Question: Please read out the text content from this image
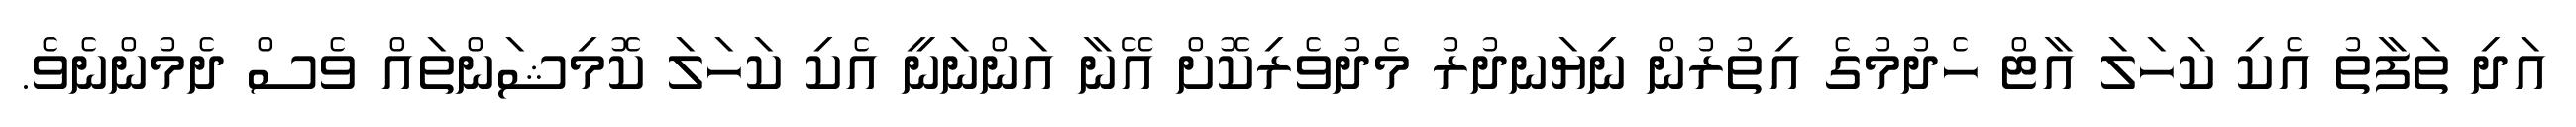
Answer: އަދި ތަފާތު އެކި ކަހަލަ އާޓް ހެދުމުގެ އިތުރުން ނިޔަނދުރު މެދުވެރިކޮށް އޭނާ އަންނަނީ އެކި ކަހަލަ ކޮމިޝަންތައް ވެސް ދެމުންނެވެ.